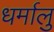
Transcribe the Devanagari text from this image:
धर्मालु